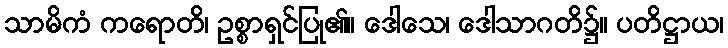
သာမိကံ ကရောတိ၊ ဥစ္စာရှင်ပြု၏။ ဒေါသေ၊ ဒေါသာဂတိ၌။ ပတိဋ္ဌာယ၊